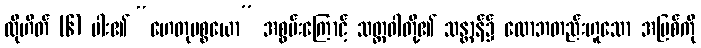
ထိုဟိတ် (၆) ပါး၏ “ဟေတုပစ္စယော” အစွမ်းကြောင့် သတ္တဝါတို့၏ သန္တာန်၌ လောဘတည်းဟူသော အမြစ်ကို